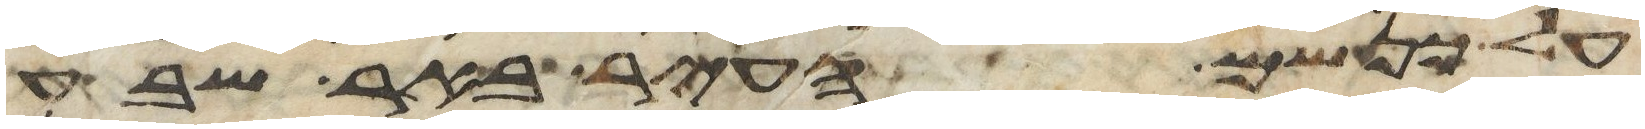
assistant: על כן שם העיר באר שבע